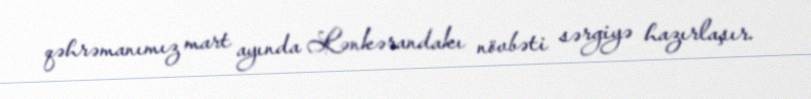
qəhrəmanımız mart ayında Lənkərandakı növbəti sərgiyə hazırlaşır.